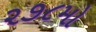
૨૭૮મો